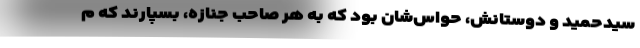
سيدحميد و دوستانش، حواس‌شان بود كه به هر صاحب جنازه، بسپارند كه م